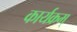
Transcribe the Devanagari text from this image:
कार्यक्रम्